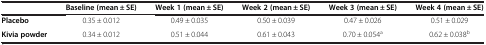
<table><thead><tr><td><b> </b></td><td><b>Baseline (mean ± SE)</b></td><td><b>Week 1 (mean ± SE)</b></td><td><b>Week 2 (mean ± SE)</b></td><td><b>Week 3 (mean ± SE)</b></td><td><b>Week 4 (mean ± SE)</b></td></tr></thead><tbody><tr><td><b>Placebo</b></td><td>0.35 ± 0.012</td><td>0.49 ± 0.035</td><td>0.50 ± 0.039</td><td>0.47 ± 0.026</td><td>0.51 ± 0.029</td></tr><tr><td><b>Kivia powder</b></td><td>0.34 ± 0.012</td><td>0.51 ± 0.044</td><td>0.61 ± 0.043</td><td>0.70 ± 0.054<sup>a</sup></td><td>0.62 ± 0.038<sup>b</sup></td></tr></tbody></table>